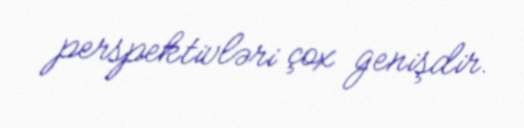
perspektivləri çox genişdir.